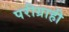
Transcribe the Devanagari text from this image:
परीग्राही